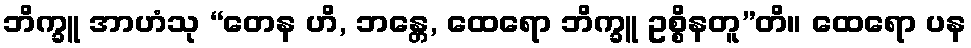
ဘိက္ခူ အာဟံသု “တေန ဟိ, ဘန္တေ, ထေရော ဘိက္ခူ ဥစ္စိနတူ”တိ။ ထေရော ပန